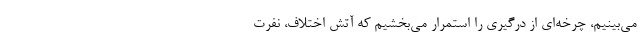
می‌بینیم، چرخه‌ای از درگیری را استمرار می‌بخشیم که آتش اختلاف، نفرت